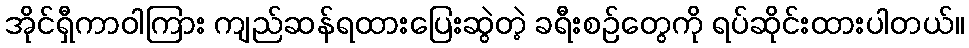
အိုင်ရှီကာဝါကြား ကျည်ဆန်ရထားပြေးဆွဲတဲ့ ခရီးစဉ်တွေကို ရပ်ဆိုင်းထားပါတယ်။